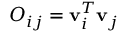
O _ { i j } = { \bf v } _ { i } ^ { T } { \bf v } _ { j }